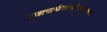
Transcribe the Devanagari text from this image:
प्रजानामीशानस्त्रिपुरमथनः